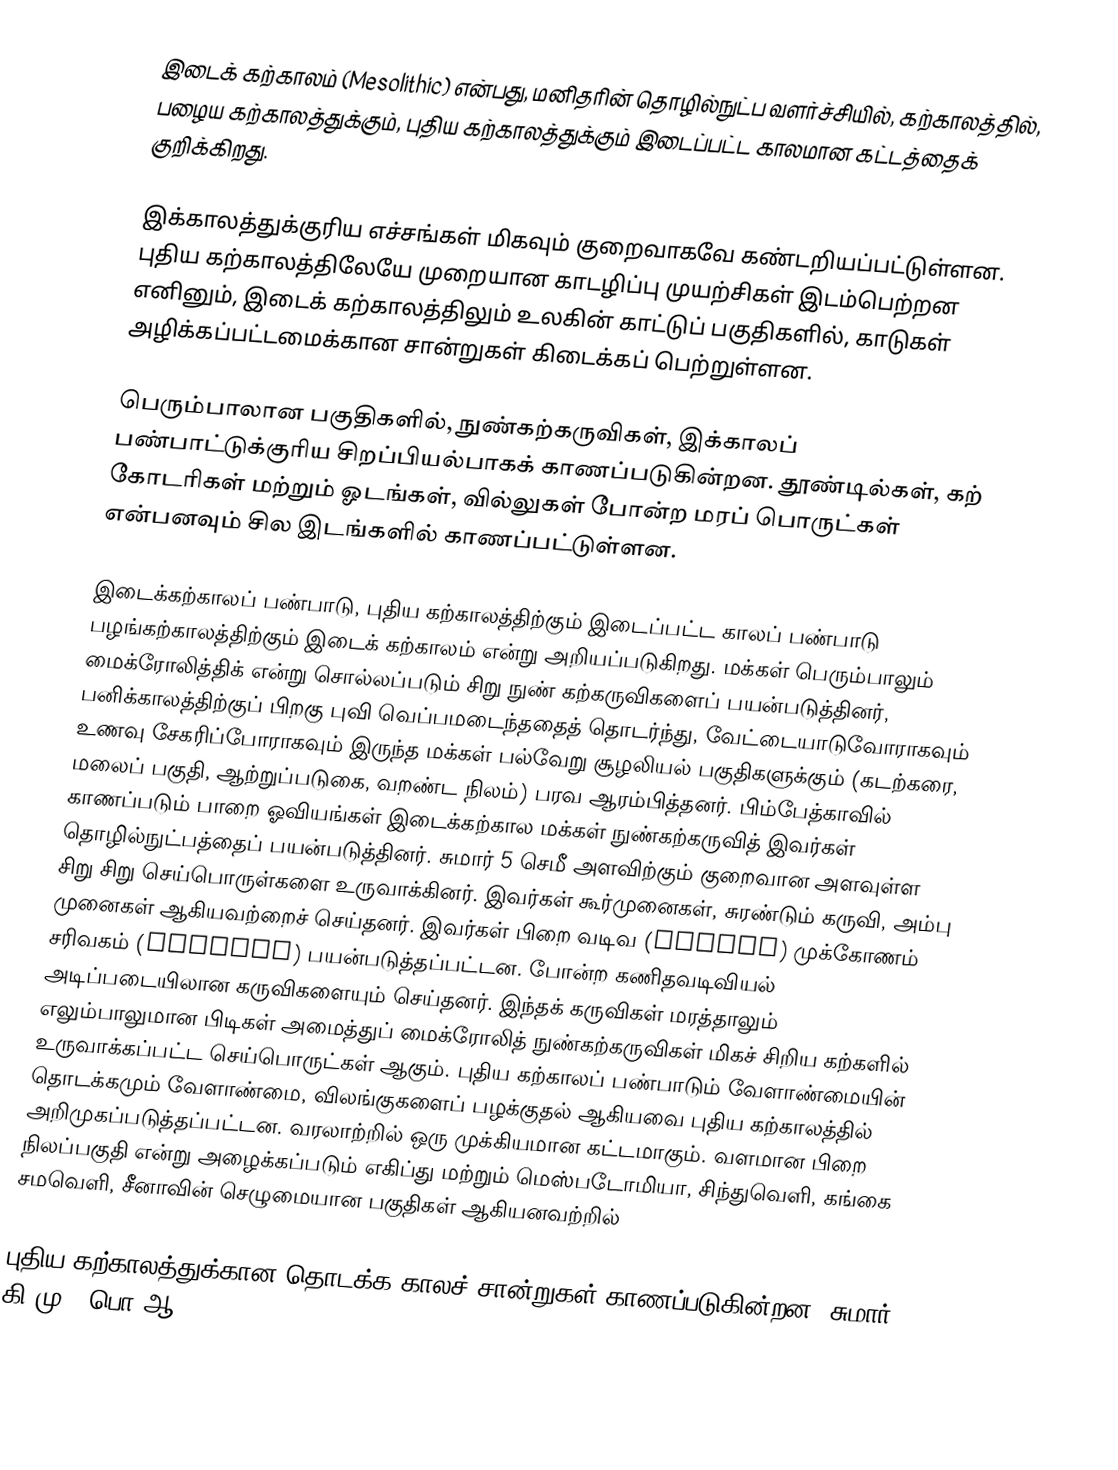
இடைக் கற்காலம் (Mesolithic) என்பது, மனிதரின் தொழில்நுட்ப வளர்ச்சியில், கற்காலத்தில், பழைய கற்காலத்துக்கும், புதிய கற்காலத்துக்கும் இடைப்பட்ட காலமான  கட்டத்தைக் குறிக்கிறது.

இக்காலத்துக்குரிய எச்சங்கள் மிகவும் குறைவாகவே கண்டறியப்பட்டுள்ளன. புதிய கற்காலத்திலேயே முறையான காடழிப்பு முயற்சிகள் இடம்பெற்றன எனினும், இடைக் கற்காலத்திலும் உலகின் காட்டுப் பகுதிகளில், காடுகள் அழிக்கப்பட்டமைக்கான சான்றுகள் கிடைக்கப் பெற்றுள்ளன.

பெரும்பாலான பகுதிகளில், நுண்கற்கருவிகள், இக்காலப் பண்பாட்டுக்குரிய சிறப்பியல்பாகக் காணப்படுகின்றன. தூண்டில்கள், கற் கோடரிகள் மற்றும் ஓடங்கள், வில்லுகள் போன்ற மரப் பொருட்கள் என்பனவும் சில இடங்களில் காணப்பட்டுள்ளன.

இடைக்கற்காலப் பண்பாடு, புதிய கற்காலத்திற்கும் இடைப்பட்ட காலப் பண்பாடு பழங்கற்காலத்திற்கும் இடைக் கற்காலம் என்று அறியப்படுகிறது. மக்கள் பெரும்பாலும் மைக்ரோலித்திக் என்று சொல்லப்படும் சிறு நுண் கற்கருவிகளைப் பயன்படுத்தினர், பனிக்காலத்திற்குப் பிறகு புவி வெப்பமடைந்ததைத் தொடர்ந்து, வேட்டையாடுவோராகவும் உணவு சேகரிப்போராகவும் இருந்த மக்கள் பல்வேறு சூழலியல் பகுதிகளுக்கும் (கடற்கரை, மலைப் பகுதி, ஆற்றுப்படுகை, வறண்ட நிலம்) பரவ ஆரம்பித்தனர். பிம்பேத்காவில் காணப்படும் பாறை ஓவியங்கள் இடைக்கற்கால மக்கள் நுண்கற்கருவித் இவர்கள் தொழில்நுட்பத்தைப் பயன்படுத்தினர். சுமார் 5 செமீ அளவிற்கும் குறைவான அளவுள்ள சிறு சிறு செய்பொருள்களை உருவாக்கினர். இவர்கள் கூர்முனைகள், சுரண்டும் கருவி, அம்பு முனைகள் ஆகியவற்றைச் செய்தனர். இவர்கள் பிறை வடிவ (Lunate) முக்கோணம் சரிவகம் (Trapeze) பயன்படுத்தப்பட்டன. போன்ற கணிதவடிவியல் அடிப்படையிலான கருவிகளையும் செய்தனர். இந்தக் கருவிகள் மரத்தாலும் எலும்பாலுமான பிடிகள் அமைத்துப் மைக்ரோலித் நுண்கற்கருவிகள் மிகச் சிறிய கற்களில் உருவாக்கப்பட்ட செய்பொருட்கள் ஆகும். புதிய கற்காலப் பண்பாடும் வேளாண்மையின் தொடக்கமும் வேளாண்மை, விலங்குகளைப் பழக்குதல் ஆகியவை புதிய கற்காலத்தில் அறிமுகப்படுத்தப்பட்டன. வரலாற்றில் ஒரு முக்கியமான கட்டமாகும். வளமான பிறை நிலப்பகுதி என்று அழைக்கப்படும் எகிப்து மற்றும் மெஸ்படோமியா, சிந்துவெளி, கங்கை சமவெளி, சீனாவின் செழுமையான பகுதிகள் ஆகியனவற்றில்

புதிய கற்காலத்துக்கான தொடக்க காலச் சான்றுகள் காணப்படுகின்றன. சுமார் கி.மு. (பொ.ஆ.